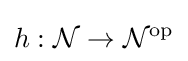
h:{\mathcal {N}}\rightarrow {\mathcal {N}}^{\operatorname {op} }